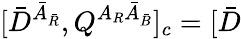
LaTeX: \lbrack\bar{D}^{\bar{A}_{\bar{R}}},Q^{A_{R}\bar{A}_{\bar{B}}}]_{c}=[\bar{D}